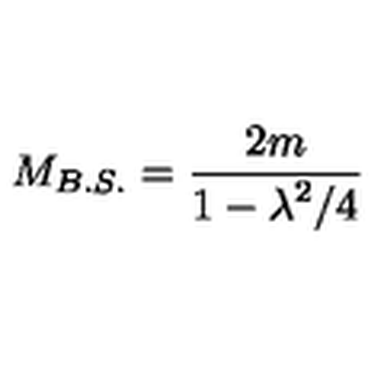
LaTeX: M _ { B . S . } = { \frac { 2 m } { \displaystyle { 1 - { \lambda ^ { 2 } / 4 } } } }